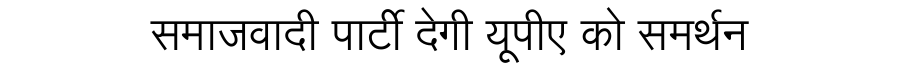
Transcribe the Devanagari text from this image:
समाजवादी पार्टी देगी यूपीए को समर्थन